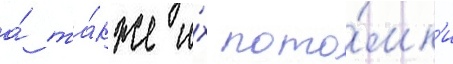
а́ та́кже и́х пото́мк'и